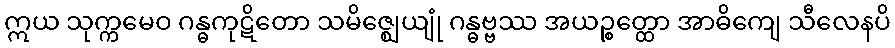
ဣယ သုက္ကမေဝ ဂန္ဓကုဋိတော သမိဇ္ဈေယျုံ ဂန္ဓဗ္ဗဿ အယဉ္စတ္ထော အာဓိကျေ သီလေနပိ